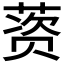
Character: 𰱱